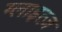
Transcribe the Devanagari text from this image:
ग्लाइत्ज़